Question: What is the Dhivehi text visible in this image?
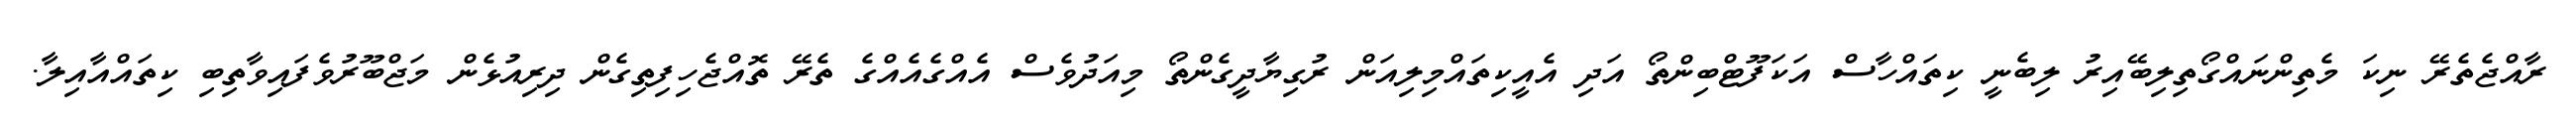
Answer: ރާއްޖެތެރޭ ނިކަ މެތިންނައްގޯތިލިބޭއިރު ލިބެނީ ކިތައްހާސް އަކަފޫޓްބިންތޯ އަދި އެއީކިތައްމިލިއަން ރުގިޔާދީގެންތޯ މިއަދުވެސް އެއްގެއެއްގެ ތެރޭ ތޮއްޖެހިފިތިގެން ދިރިއުޅެން މަޖްބޫރުވެފައިވާތިބި ކިތައްއާއިލާ.